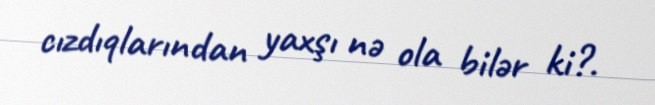
cızdıqlarından yaxşı nə ola bilər ki?.